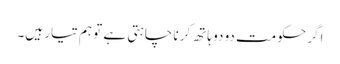
اگر حکومت دو دو ہاتھ کرنا چاہتی ہے تو ہم تیار ہیں۔